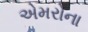
એમરોના